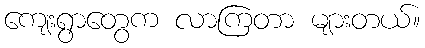
ကျေးရွာတွေက လာကြတာ များတယ်။